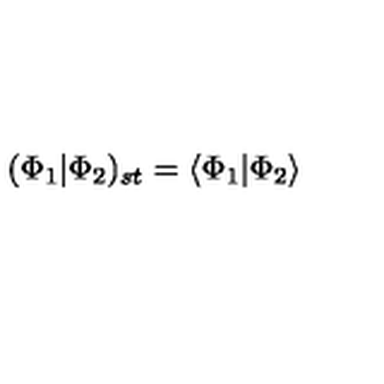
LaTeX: ( \Phi _ { 1 } | \Phi _ { 2 } ) _ { s t } = \langle \Phi _ { 1 } | \Phi _ { 2 } \rangle